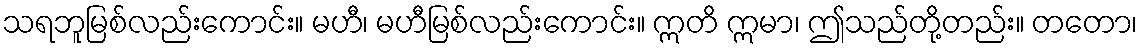
သရဘူမြစ်လည်းကောင်း။ မဟီ၊ မဟီမြစ်လည်းကောင်း။ ဣတိ ဣမာ၊ ဤသည်တို့တည်း။ တတော၊